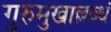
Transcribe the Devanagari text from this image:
गुरुमुखाल्लब्धं